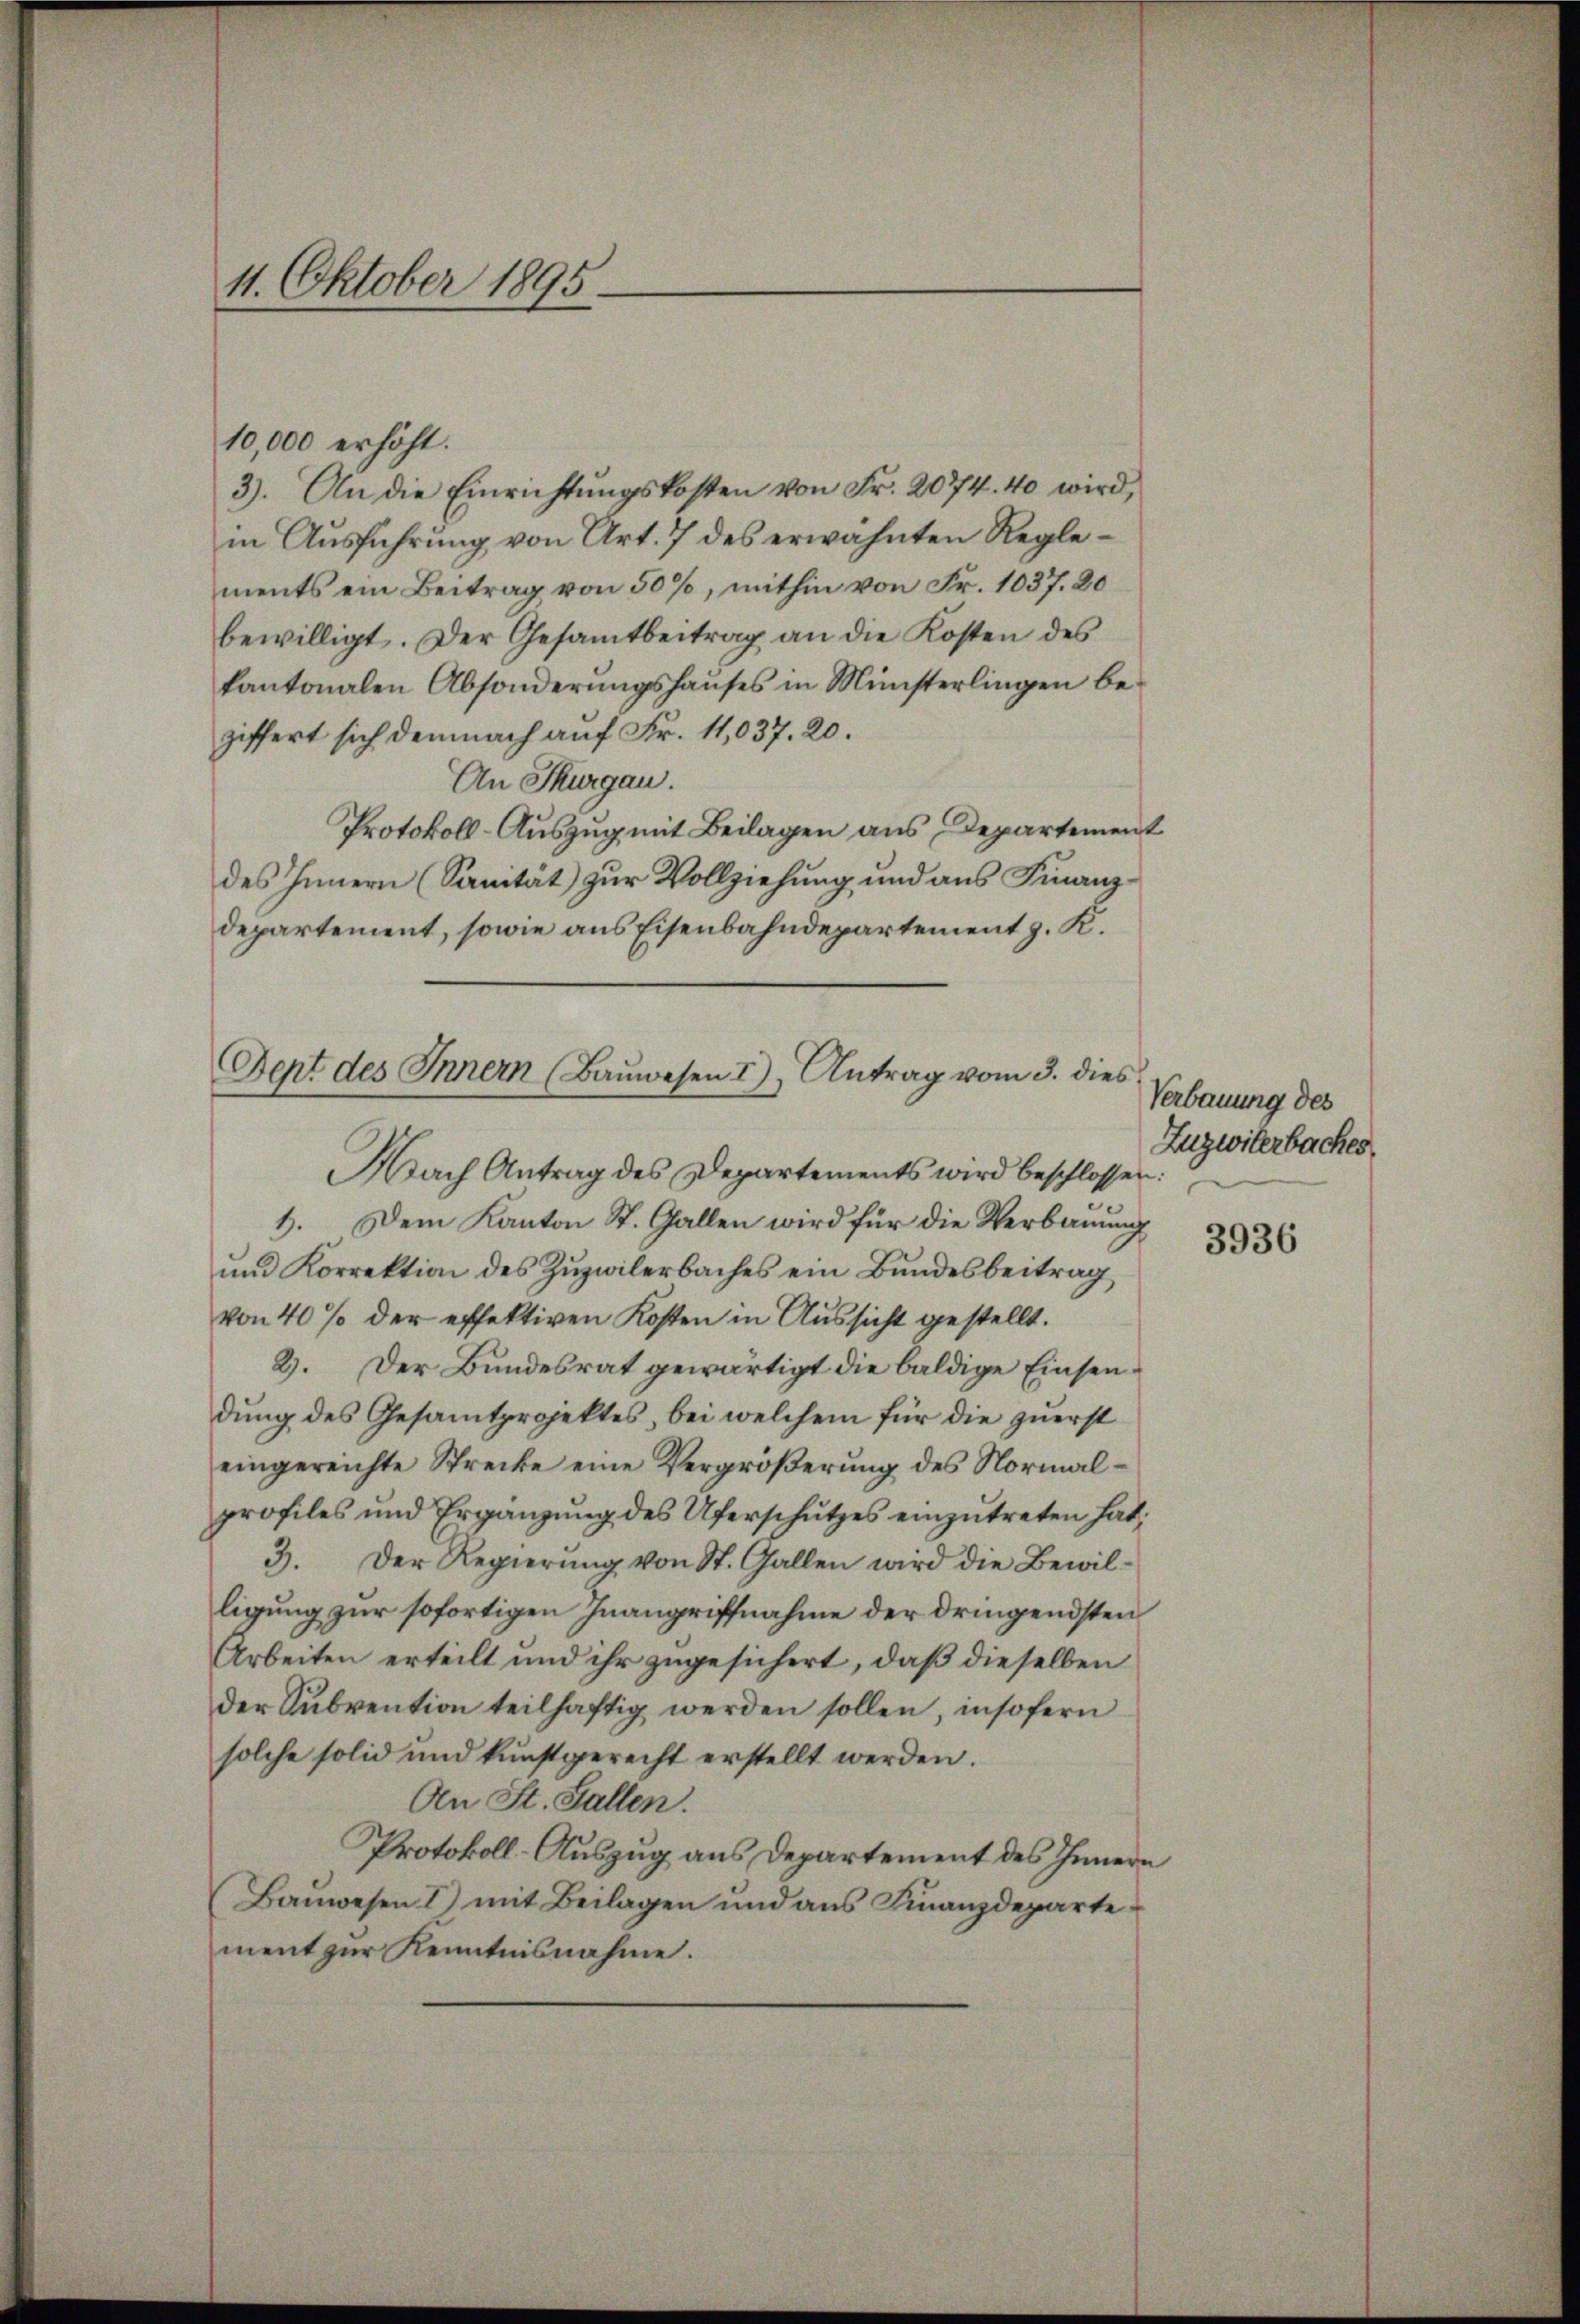
11. Oktober 1895.

10,000 erhöht.
3). An die Einrichtŭngskosten von Fr. 2074. 40 wird,
in Ausführung von Art. 7 des erwähnten Reglements ein Beitrag von 50%, mithin von Fr. 1037. 20
bewilligt. Der Gesamtbeitrag an die Kosten des
kantonalen Absonderŭngshaŭses in Ministerlingen be-
ziffert sich demnach auf Fr. 11,037. 20.
An Thurgau.
Protokoll-Auszug mit Beilagen aus Departement
des Innern (Sanität) zur Vollziehung und aus Finanzdepartement, sowie aus Eisenbahndepartement z. K.

Dept des Innern (Bauwesen I), Antrag vom 3. dies

Nach Antrag des Departements wird beschlossen:
1. Dem Kanton St. Gallen wird für die Verbauung
und Korrektion des Zuzwilerbaches ein Bundesbeitrag
von 40% der effektiven Kosten in Aussicht gestellt.
2. Der Bundesrat gewärtigt die baldige Einsendung des Gesamtprojektes, bei welchem für die zuerst
eingereichte Strecke eine Vergröβerŭng des Normalprofiles und Ergänzŭng des Uferschŭtzes einzŭtreten hat.
3. Der Regierŭng von St. Gallen wird die Bewil-
ligung zur sofortigen Inangriffnahme der dringendsten
Arbeiten erteilt und ihr zugesichert, daß dieselben
der Subvention teilhaftig werden sollen, insofern
solche solid und kunstgerecht erstellt werden.
An St. Gallen.
Protokoll-Auszug aus Departement des Innern
Bauwesen 1) mit Beilagen und aus Finanzdepartement zur Kenntnisnahme.

Verbauung des
Zuzwiterbaches,

3936